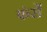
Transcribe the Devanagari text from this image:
फंसें